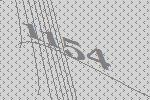
1154